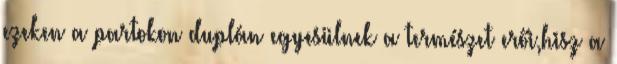
ezeken a partokon duplán egyesülnek a természet erői,hisz a